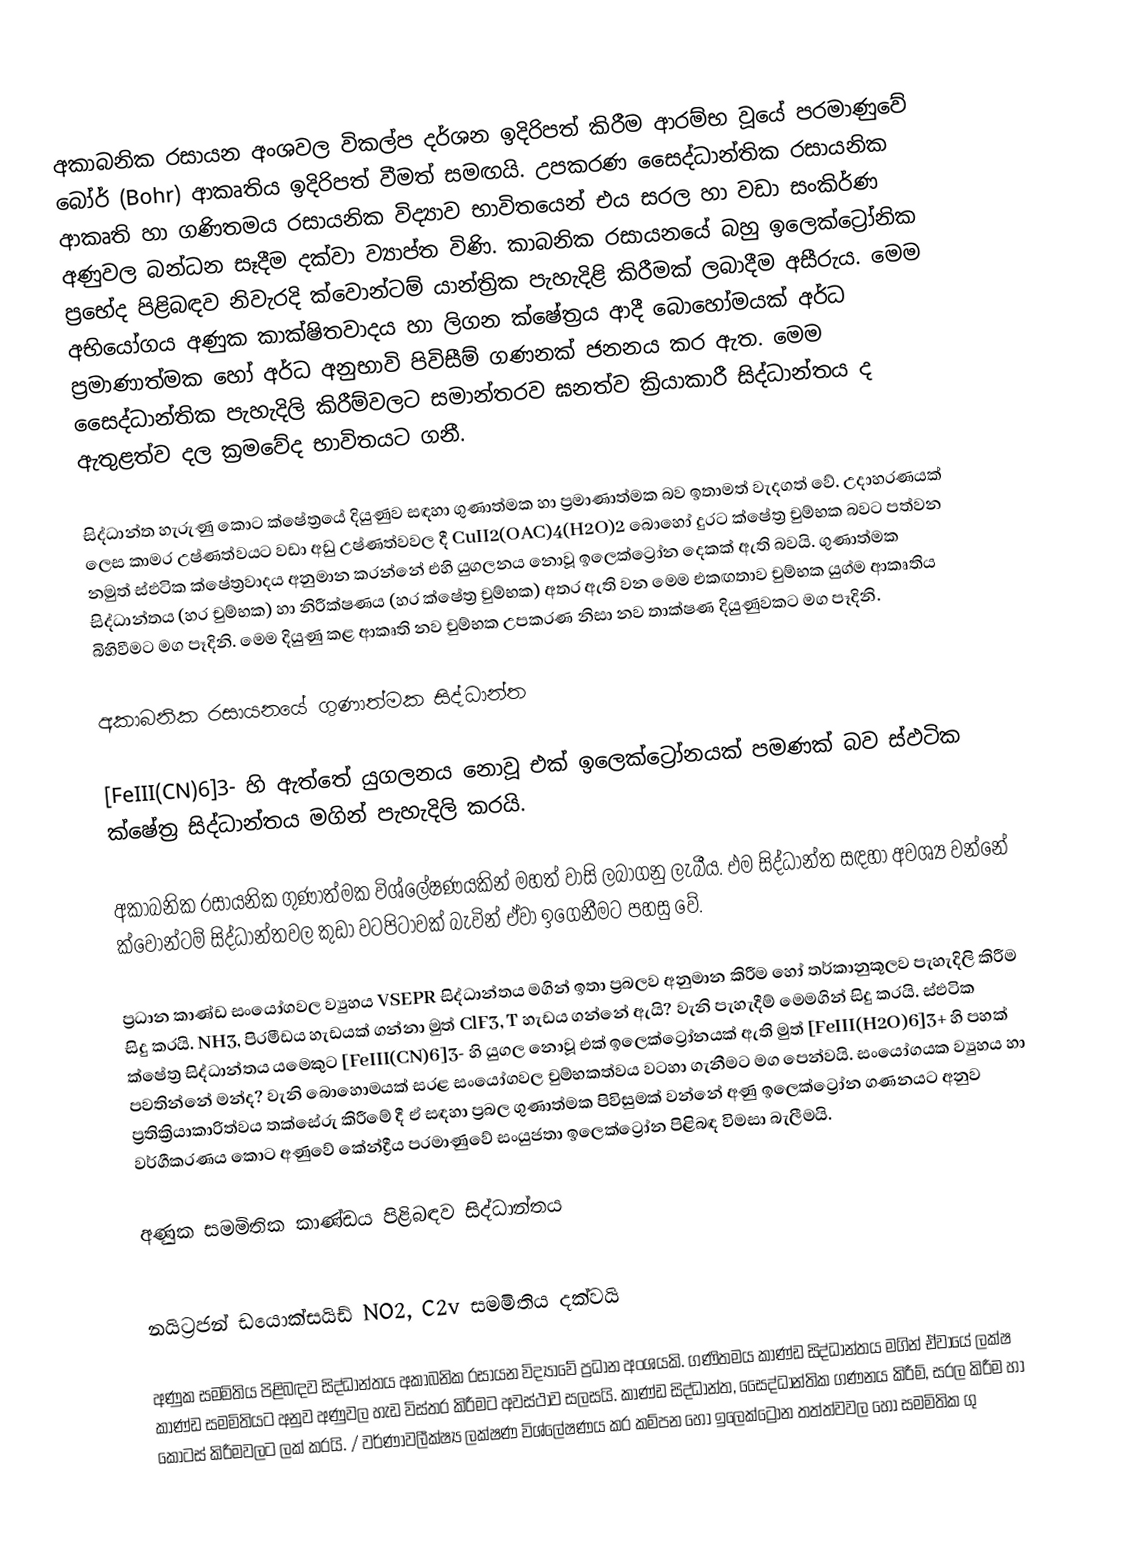
අකාබනික රසායන අංශවල විකල්ප දර්ශන ඉදිරිපත් කිරීම ආරම්භ වූයේ පරමාණුවේ බෝර් (Bohr) ආකෘතිය ඉදිරිපත් වීමත් සමඟයි. උපකරණ සෛද්ධාන්තික රසායනික ආකෘති හා ගණිතමය රසායනික විද්‍යාව භාවිතයෙන් එය සරල හා වඩා සංකිර්ණ අණුවල බන්ධන සෑදීම දක්වා ව්‍යාප්ත විණි. කාබනික රසායනයේ බහු ඉලෙක්ට්‍රෝනික ප්‍රභේද පිළිබඳව නිවැරදි ක්වොන්ටම් යාන්ත්‍රික පැහැදිළි කිරීමක් ලබාදීම අසීරුය. මෙම අභියෝගය අණුක කාක්ෂිතවාදය හා ලිගන ක්ෂේත්‍රය ආදී බොහෝමයක් අර්ධ ප්‍රමාණාත්මක හෝ අර්ධ අනුභාවි පිවිසීම් ගණනක් ජනනය කර ඇත. මෙම සෛද්ධාන්තික පැහැදිලි කිරීම්වලට සමාන්තරව ඝනත්ව ක්‍රියාකාරී සිද්ධාන්තය ද ඇතුළත්ව දල ක්‍රමවේද භාවිතයට ගනී.

සිද්ධාන්ත හැරුණු කොට ක්ෂේත්‍රයේ දියුණුව සඳහා ගුණාත්මක හා ප්‍රමාණාත්මක බව ඉතාමත් වැදගත් වේ. උදාහරණයක් ලෙස කාමර උෂ්ණත්වයට වඩා අඩු උෂ්ණත්වවල දී CuII2(OAC)4(H2O)2 බොහෝ දුරට ක්ෂේත්‍ර චුම්භක බවට පත්වන නමුත් ස්ඵටික ක්ෂේත්‍රවාදය අනුමාන කරන්නේ එහි යුගලනය නොවූ ඉලෙක්ට්‍රෝන දෙකක් ඇති බවයි. ගුණාත්මක සිද්ධාන්තය (හර චුම්භක) හා නිරීක්ෂණය (හර ක්ෂේත්‍ර චුම්භක) අතර ඇති වන මෙම එකඟතාව චුම්භක යුග්ම ආකෘතිය බිහිවීමට මග පෑදිනි. මෙම දියුණු කළ ආකෘති නව චුම්භක උපකරණ නිසා නව තාක්ෂණ දියුණුවකට මග පෑදිනි.

අකාබනික රසායනයේ ගුණාත්මක සිද්ධාන්ත

[FeIII(CN)6]3- හි ඇත්තේ යුගලනය නොවූ එක් ඉලෙක්ට්‍රෝනයක් පමණක් බව ස්ඵටික ක්ෂේත්‍ර සිද්ධාන්තය මගින් පැහැදිලි කරයි.

අකාබනික රසායනික ගුණාත්මක විශ්ලේෂණයකින් මහත් වාසි ලබාගනු ලැබීය. එම සිද්ධාන්ත සඳහා අවශ්‍ය වන්නේ ක්වොන්ටම් සිද්ධාන්තවල කුඩා වටපිටාවක් බැවින් ඒවා ඉගෙනීමට පහසු වේ.

ප්‍රධාන කාණ්ඩ සංයෝගවල ව්‍යුහය VSEPR සිද්ධාන්තය මගින් ඉතා ප්‍රබලව අනුමාන කිරීම හෝ තර්කානුකූලව පැහැදිලි කිරීම සිදු කරයි. NH3, පිරමීඩය හැඩයක් ගන්නා මුත් ClF3, T හැඩය ගන්නේ ඇයි? වැනි පැහැදීම් මෙමගින් සිදු කරයි. ස්ඵටික ක්ෂේත්‍ර සිද්ධාන්තය යමෙකුට [FeIII(CN)6]3- හි යුගල නොවූ එක් ඉලෙක්ට්‍රෝනයක් ඇති මුත් [FeIII(H2O)6]3+ හි පහක් පවතින්නේ මන්ද? වැනි බොහොමයක් සරළ සංයෝගවල චුම්භකත්වය වටහා ගැනීමට මග පෙන්වයි. සංයෝගයක ව්‍යුහය හා ප්‍රතික්‍රියාකාරිත්වය තක්සේරු කිරීමේ දී ඒ සඳහා ප්‍රබල ගුණාත්මක පිවිසුමක් වන්නේ අණු ඉලෙක්ට්‍රෝන ගණනයට අනුව වර්ගීකරණය කොට අණුවේ කේන්ද්‍රීය පරමාණුවේ සංයුජතා ඉලෙක්ට්‍රෝන පිළිබඳ විමසා බැලීමයි.

අණුක සමමිතික කාණ්ඩය පිළිබඳව සිද්ධාන්තය

නයිට්‍රජන් ඩයොක්සයිඩ් NO2, C2v සමමිතිය දක්වයි

අණුක සමමිතිය පිළිබඳව සිද්ධාන්තය අකාබනික රසායන විද්‍යාවේ ප්‍රධාන අංශයකි. ගණිතමය කාණ්ඩ සිද්ධාන්තය මගින් ඒවායේ ලක්ෂ කාණ්ඩ සමමිතියට අනුව අණුවල හැඩ විස්තර කිරීමට අවස්ථාව සලසයි. කාණ්ඩ සිද්ධාන්ත, සෛද්ධාන්තික ගණනය කිරීම්, සරල කිරීම හා කොටස් කිරීමවලට ලක් කරයි. / වර්ණාවලීක්ෂ්‍ය ලක්ෂණ විශ්ලේෂණය කර කම්පන හෝ ඉලෙක්ට්‍රෝන තත්ත්වවල හෝ සමමිතික ගු